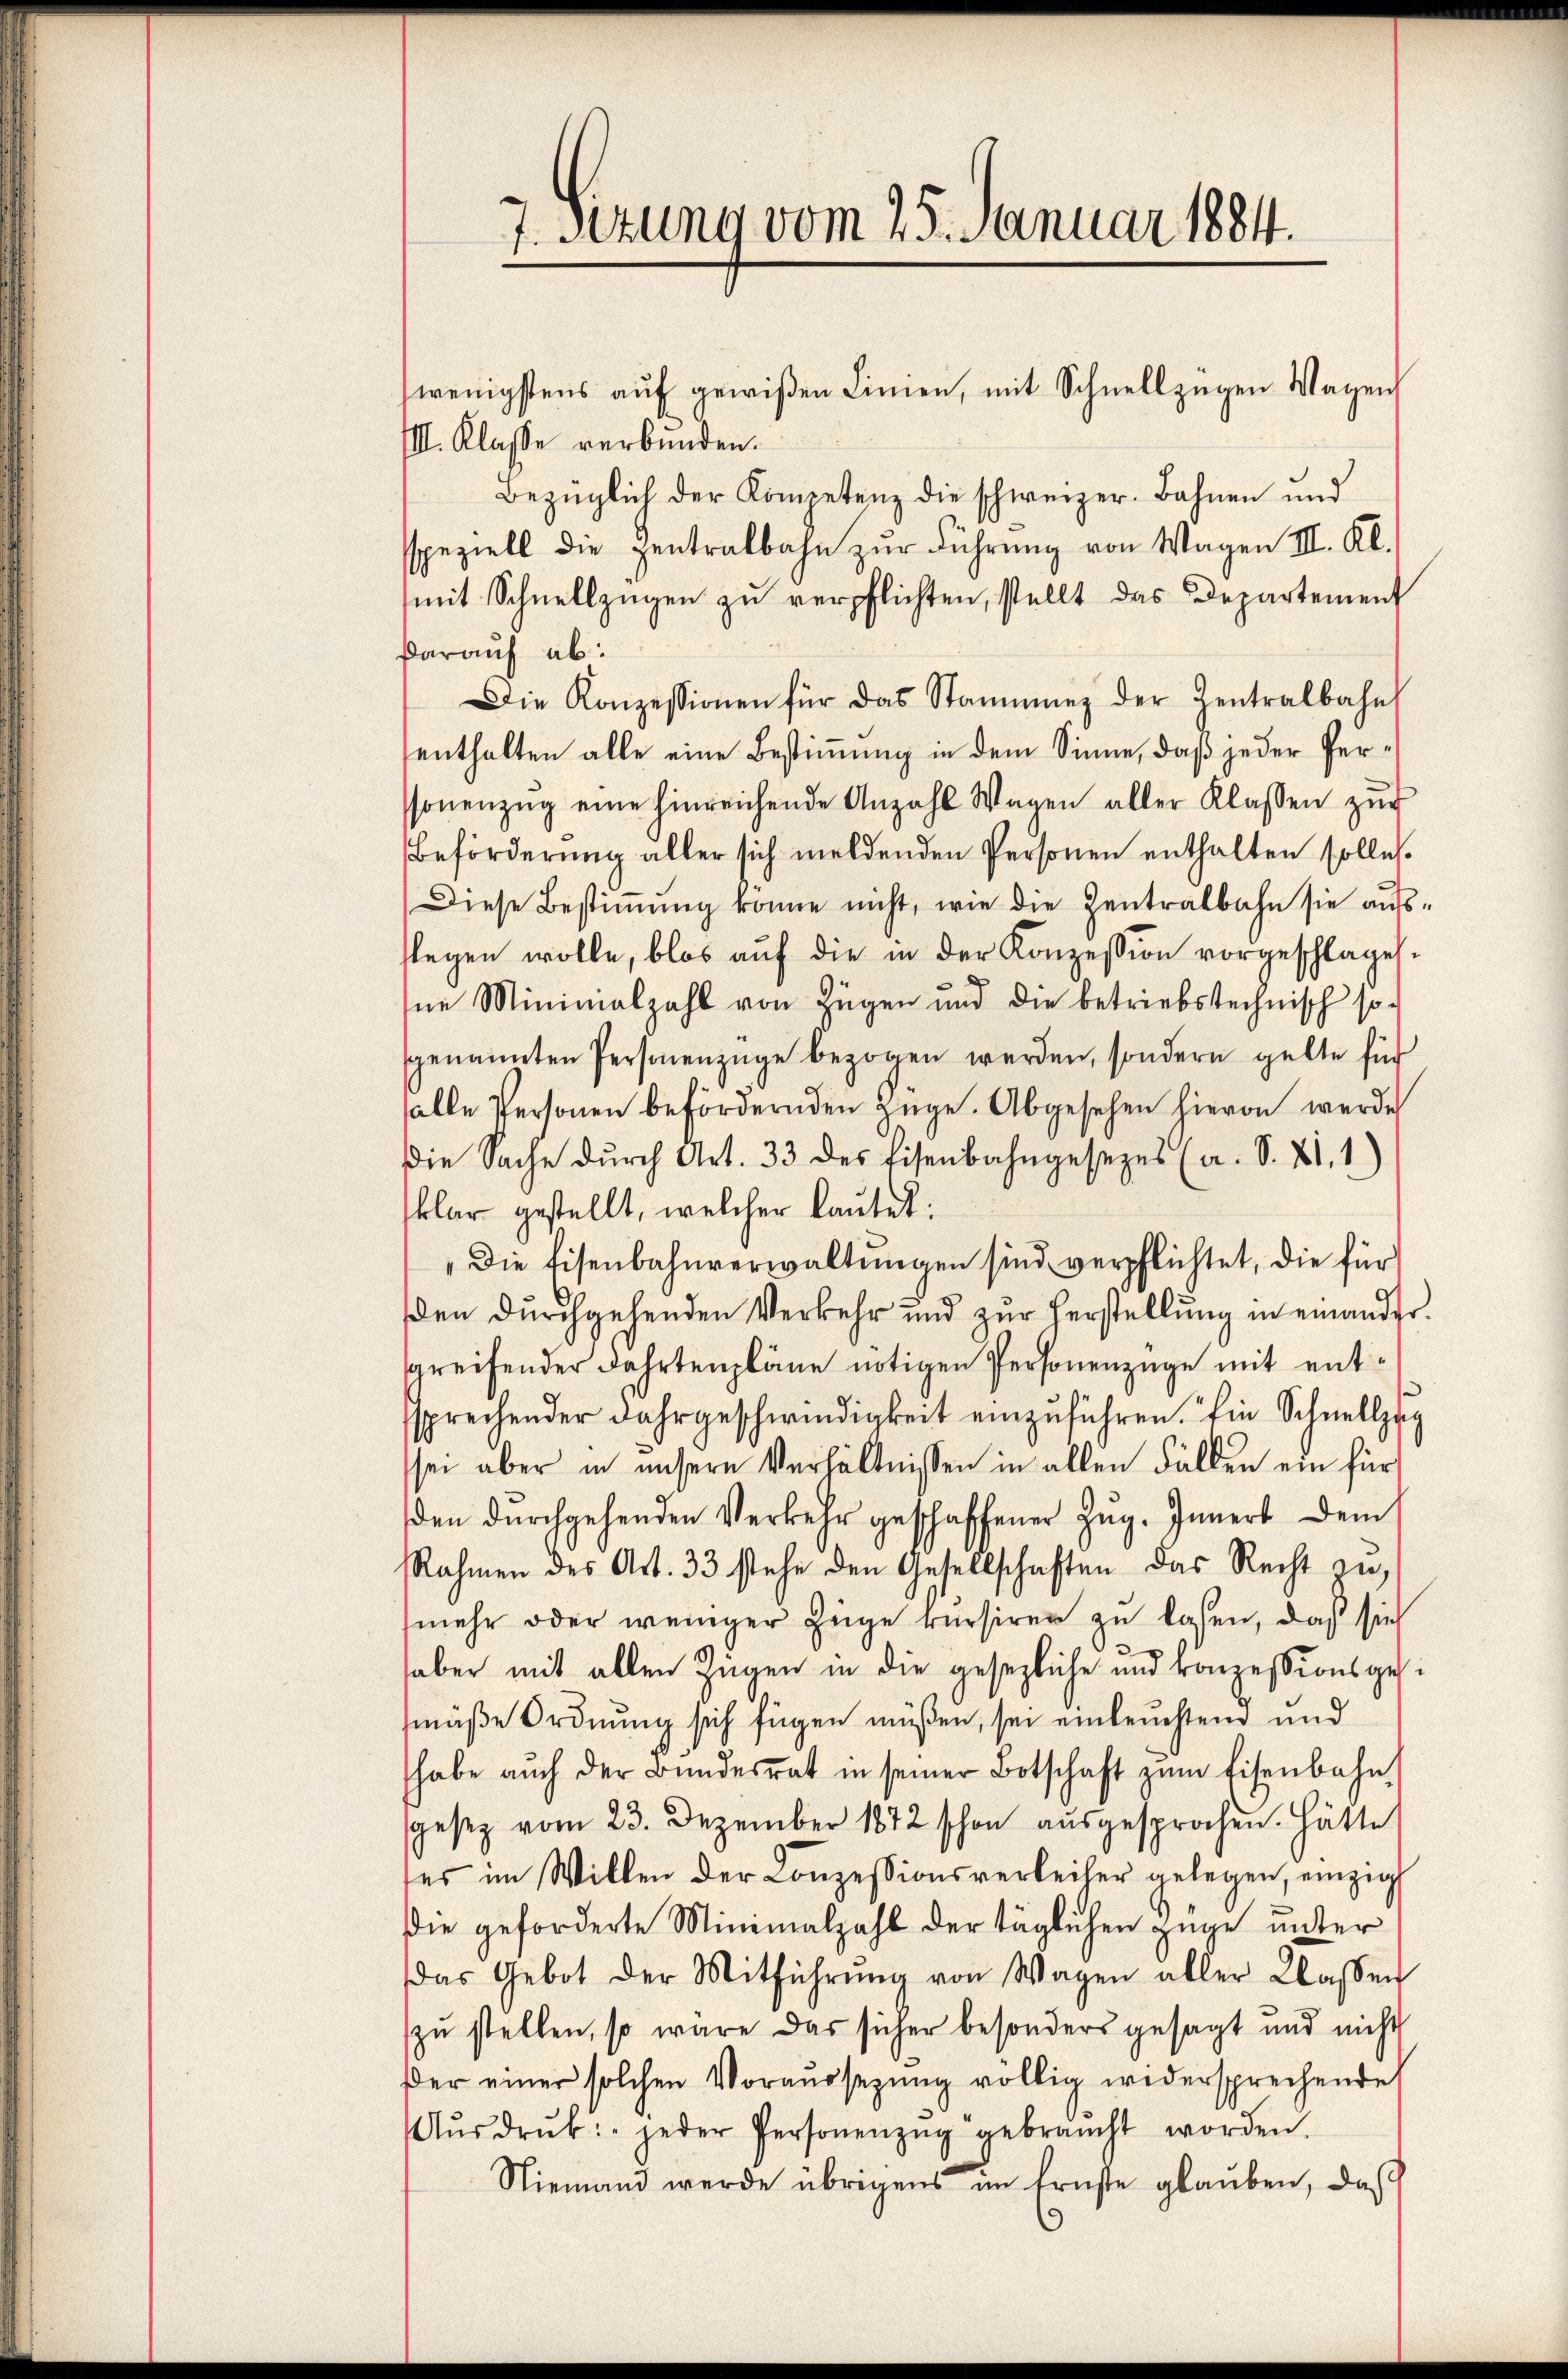
7. Setung vom 25. Januar 1884.

wenigstens auf gewißen Linien, mit Schnellzügen Wagen
III. Klasse verbunden.
Bezüglich der Kompetenz die schweizer. Bahnen und
speziell die zentralbahn zŭr Führŭng von Wagen III. Kl.
mit Schnellzügen zŭ verpflichten, stellt das Departement
darauf ab:
Die Konzessionen für das Stammung der Zentralbahn
enthalten alle eine Bestimmung in dem Sinne, daß jeder Perssonenzŭg eine hinreichende Anzahl Wagen aller Klassen zŭr
Beförderung aller sich meldenden Personen enthalten solle.
Diese Bestiṁŭng könne nicht, wie die Zentralbahn sie ausflegen wolle, blos aŭf die in der Konzession vorgeschlage.
ne Mininialzahl von Zügen und die betriebstechnisch so-
sgenannten Personenzüge bezogen werden, sondern gelte für
salle Personen befördernden Lüge. Abgesehen hievon werde
die Sache dŭrch Art. 33 des Eisenbahngesezes (a. S. XI. 1)
klar gestellt, welcher lautet:
Die Eisenbahnverwaltŭngen sind verpflichtet, die für
den durchgehenden Verkehr und zŭr Herstellŭng in einander
sgreifender Fahrtenpläne nötigen Personenzüge mit entssprechender Jahrgeschwindigkeit einzŭführen. Ein Schnellzug
sei aber in unsere Verhältnissen in allen Fällen ein für
den dŭrchgehenden Verkehr geschaffener Zŭg. Inners dem
Rahmen des Art. 33 stehe den Gesellschaften das Recht in
mehr oder weniger Züge rursirer zu lassen, daß sich
aber mit allen Zügen in die gesezliche und konzessionsges.
mäße Ordnung sich fügen müßen, sei einleuchtend und
habe aŭch der Bŭndesrat in seiner Botschaft zŭm Eisenbahn
gesetz vom 23. Dezember 1872 schon aŭsgesprochen. Hätte
ses im Willen der Conzessionsverheiler gelegen, einzig
die geforderte Minimalzahl der täglichen Züge unter
das Gebot der Mitführŭng von Wagen aller Classen
zu stellen, so wäre das sicher besonders gesagt und nicht
der einer solchen Voraussezung völlig wedersprechende
Aŭsdrŭk: jeder Personenzŭg gebraucht worden.
Niemand werde übrigens im Ernste glaŭben, daß